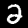
Digit: 2